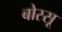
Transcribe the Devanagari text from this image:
बोस्सू